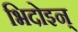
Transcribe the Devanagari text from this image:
भिदोइन्